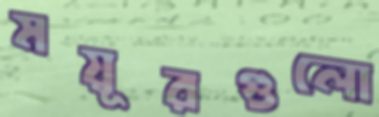
ময়ূরগুলো